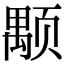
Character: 颙